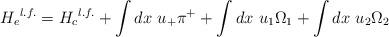
LaTeX: \begin{align*}{H_e}^{l.f.} = {H_c}^{l.f.} + \int dx~u_{+}\pi^{+}+\int dx~u_{1}\Omega_1 +\int dx~u_{2}\Omega_{2}\end{align*}